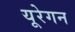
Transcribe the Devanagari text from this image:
यूरेगन